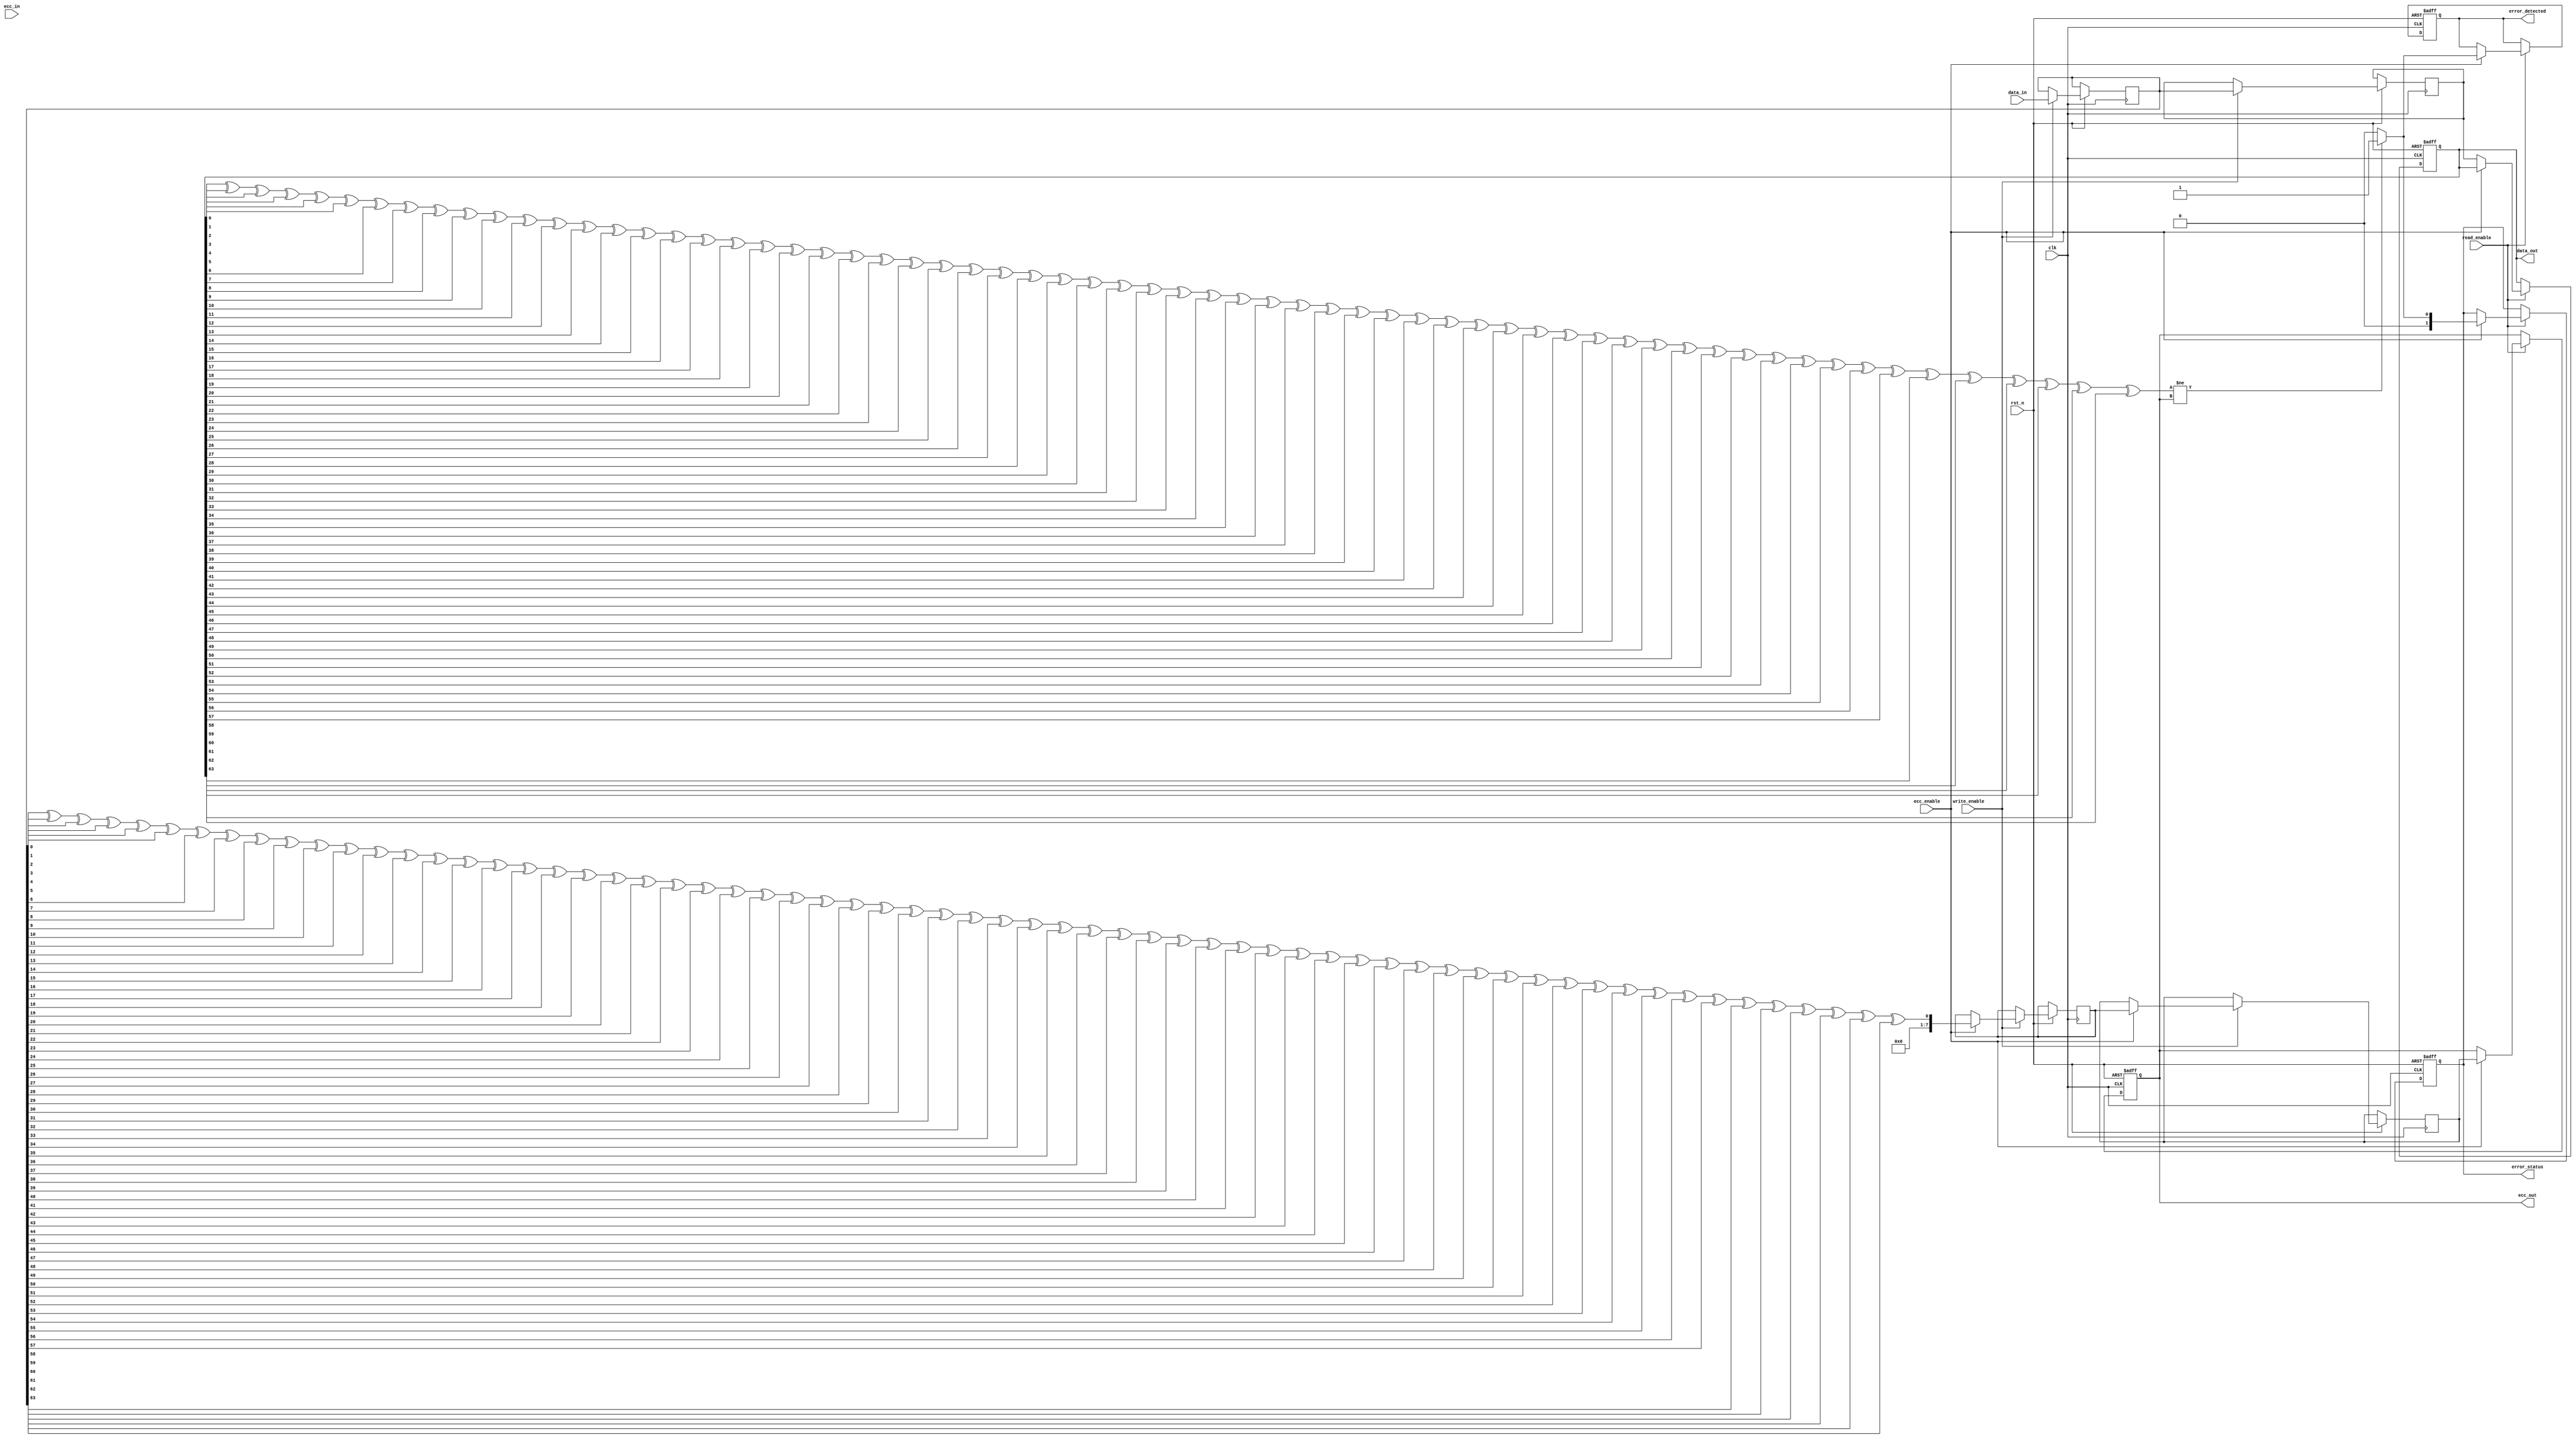
module ecc_dram_io_block (
    input wire clk,
    input wire rst_n,
    input wire [63:0] data_in,          // Input data from external bus
    input wire [7:0] ecc_in,            // Input ECC bits
    input wire read_enable,              // Read control signal
    input wire write_enable,             // Write control signal
    input wire ecc_enable,               // ECC enable signal
    output reg [63:0] data_out,         // Output data to external bus
    output reg [7:0] ecc_out,           // Output ECC bits
    output reg error_detected,           // Error detected signal
    output reg [1:0] error_status        // Error status register
);

    reg [63:0] data_buffer;              // Buffer for incoming data
    reg [7:0] ecc_buffer;                // Buffer for ECC bits
    reg [63:0] memory [0:255];           // Memory array (256 x 64 bits)
    reg [7:0] ecc_memory [0:255];        // ECC memory array (256 x 8 bits)

    // ECC Encoding Logic (Simple Parity for demonstration)
    function [7:0] ecc_encode(input [63:0] data);
        integer i;
        reg [7:0] parity;
        begin
            parity = 0;
            for (i = 0; i < 64; i = i + 1) begin
                parity = parity ^ data[i]; // Simple parity calculation
            end
            ecc_encode = parity;
        end
    endfunction

    // ECC Decoding Logic (Simple Parity for demonstration)
    function [63:0] ecc_decode(input [63:0] data, input [7:0] ecc);
        integer i;
        reg [7:0] parity;
        begin
            parity = 0;
            for (i = 0; i < 64; i = i + 1) begin
                parity = parity ^ data[i]; // Calculate parity from data
            end
            
            if (parity != ecc) begin
                error_detected = 1; // Error detected
                error_status = 2'b01; // Indicate corrected error
                // Simple error correction logic (not implemented)
            end else begin
                error_detected = 0; // No error
                error_status = 2'b00; // No error
            end
            
            ecc_decode = data; // Return data (corrected if needed)
        end
    endfunction

    // Main I/O Logic
    always @(posedge clk or negedge rst_n) begin
        if (!rst_n) begin
            data_out <= 64'b0;
            ecc_out <= 8'b0;
            error_detected <= 0;
            error_status <= 2'b00;
        end else begin
            if (write_enable) begin
                data_buffer <= data_in; // Capture incoming data
                if (ecc_enable) begin
                    ecc_buffer <= ecc_encode(data_buffer); // Compute ECC
                end
                memory[0] <= data_buffer; // Store data in memory (example address)
                if (ecc_enable) begin
                    ecc_memory[0] <= ecc_buffer; // Store ECC in memory
                end
            end
            
            if (read_enable) begin
                data_out <= memory[0]; // Retrieve data from memory
                if (ecc_enable) begin
                    ecc_out <= ecc_memory[0]; // Retrieve ECC from memory
                    data_out <= ecc_decode(data_out, ecc_out); // Decode and check for errors
                end
            end
        end
    end

endmodule